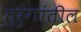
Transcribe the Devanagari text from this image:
तुरुंगांतील